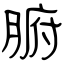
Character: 腑